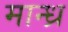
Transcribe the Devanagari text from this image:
मान्ध्र